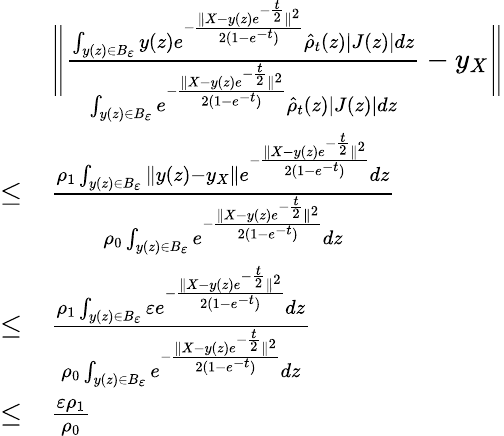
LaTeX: \begin{array}{rl}&{\Bigg\| \frac{\int_{y(z)\in B_{\varepsilon}}y(z)e^{-\frac{\| X-y(z)e^{-\frac{t}{2}}\| ^{2}}{2(1-e^{-t})}}\hat{\rho}_{t}(z)|J(z)|dz}{\int_{y(z)\in B_{\varepsilon}}e^{-\frac{\| X-y(z)e^{-\frac{t}{2}}\| ^{2}}{2(1-e^{-t})}}\hat{\rho}_{t}(z)|J(z)|dz}-y_{X}\Bigg\| }\\ {\leq}&{\frac{\rho_{1}\int_{y(z)\in B_{\varepsilon}}\| y(z)-y_{X}\| e^{-\frac{\| X-y(z)e^{-\frac{t}{2}}\| ^{2}}{2(1-e^{-t})}}dz}{\rho_{0}\int_{y(z)\in B_{\varepsilon}}e^{-\frac{\| X-y(z)e^{-\frac{t}{2}}\| ^{2}}{2(1-e^{-t})}}dz}}\\ {\leq}&{\frac{\rho_{1}\int_{y(z)\in B_{\varepsilon}}\varepsilon e^{-\frac{\| X-y(z)e^{-\frac{t}{2}}\| ^{2}}{2(1-e^{-t})}}dz}{\rho_{0}\int_{y(z)\in B_{\varepsilon}}e^{-\frac{\| X-y(z)e^{-\frac{t}{2}}\| ^{2}}{2(1-e^{-t})}}dz}}\\ {\leq}&{\frac{\varepsilon\rho_{1}}{\rho_{0}}}\end{array}